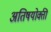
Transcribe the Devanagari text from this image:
अतिषयोक्ती